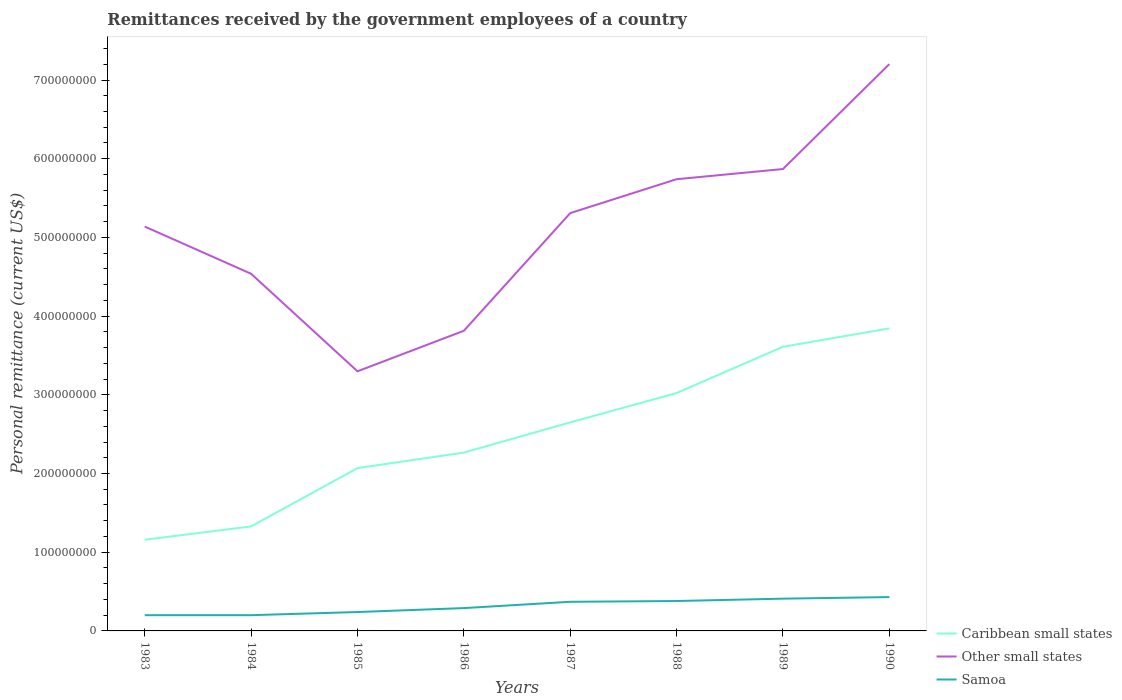
| Years | Caribbean small states | Other small states | Samoa |
 | --- | --- | --- | --- |
 | 1983 | 1.16e+08 | 5.14e+08 | 2e+07 |
 | 1984 | 1.33e+08 | 4.54e+08 | 2e+07 |
 | 1985 | 2.07e+08 | 3.3e+08 | 2.4e+07 |
 | 1986 | 2.27e+08 | 3.81e+08 | 2.9e+07 |
 | 1987 | 2.65e+08 | 5.31e+08 | 3.7e+07 |
 | 1988 | 3.02e+08 | 5.74e+08 | 3.8e+07 |
 | 1989 | 3.61e+08 | 5.87e+08 | 4.1e+07 |
 | 1990 | 3.84e+08 | 7.2e+08 | 4.3e+07 |